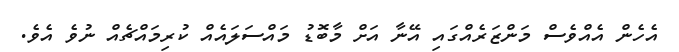
އެހެން އެއްވެސް މަންޒަރެއްގައި އޭނާ އަށް މާބޮޑު މައްސަލައެއް ކުރިމައްޗެއް ނުވެ އެވެ.